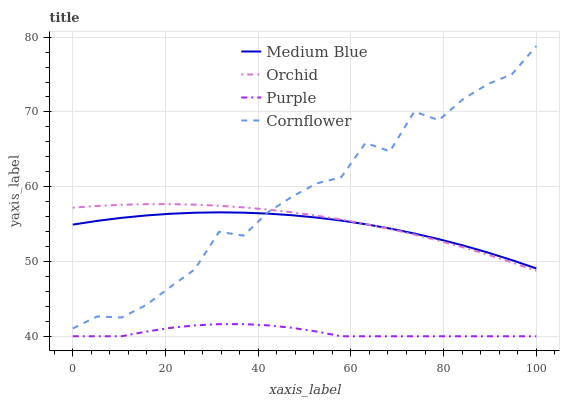
| xaxis_label | Medium Blue | Orchid | Purple | Cornflower |
 | --- | --- | --- | --- | --- |
 | 0 | 54.9 | 57.2 | 40 | 41 |
 | 5.26 | 55.4 | 57.4 | 40 | 42.6 |
 | 10.5 | 55.8 | 57.6 | 40 | 42.5 |
 | 15.8 | 56.2 | 57.7 | 40.6 | 44.2 |
 | 21.1 | 56.4 | 57.7 | 41.1 | 46.6 |
 | 26.3 | 56.5 | 57.6 | 41.5 | 48.9 |
 | 31.6 | 56.6 | 57.5 | 41.6 | 54 |
 | 36.8 | 56.5 | 57.2 | 41.6 | 53.5 |
 | 42.1 | 56.4 | 56.9 | 41.5 | 56.6 |
 | 47.4 | 56.2 | 56.6 | 41.1 | 58.7 |
 | 52.6 | 55.9 | 56.1 | 40.6 | 60.4 |
 | 57.9 | 55.5 | 55.6 | 40 | 61.3 |
 | 63.2 | 55 | 55 | 40 | 65.9 |
 | 68.4 | 54.4 | 54.3 | 40 | 64.7 |
 | 73.7 | 53.7 | 53.6 | 40 | 70.1 |
 | 78.9 | 53 | 52.8 | 40 | 68.9 |
 | 84.2 | 52.1 | 51.9 | 40 | 71.7 |
 | 89.5 | 51.2 | 50.9 | 40 | 73.7 |
 | 94.7 | 50.2 | 49.9 | 40 | 75 |
 | 100 | 49.1 | 48.8 | 40 | 78.8 |